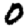
Digit: 0